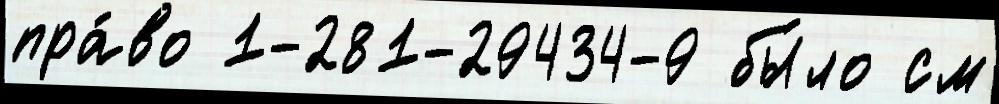
пра́во 1-281-29434-9 бы́ло см